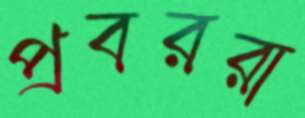
প্রবররা